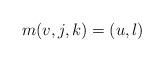
LaTeX: \begin{align*}m(v,j,k) = (u,l)\end{align*}